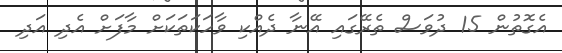
އެގޮތުން 15 ދުވަސް ތެރޭގައި އޭނާ ދެއްކި ވާހަކަތަކަށް މާފަށް އެދި އަދި